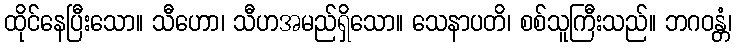
ထိုင်နေပြီးသော။ သီဟော၊ သီဟအမည်ရှိသော။ သေနာပတိ၊ စစ်သူကြီးသည်။ ဘဂဝန္တံ၊